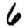
Digit: 6